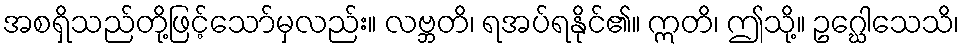
အစရှိသည်တို့ဖြင့်သော်မှလည်း။ လဗ္ဘတိ၊ ရအပ်ရနိုင်၏။ ဣတိ၊ ဤသို့။ ဥဂ္ဃေါသေသိ၊